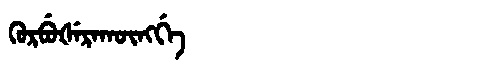
Manchu: ᡴᡠᡵᠪᡠᡧᡝᡵᠠᡴᡡᠩᡤᡝ
Romanization: KURBUŠERAKŪNGGE